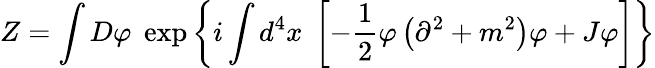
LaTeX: Z=\int D\varphi\; \exp\left\{ i\int d^{4}x\; \left[-{\frac{1}{2}}\varphi\left(\partial^{2}+m^{2}\right)\varphi+J\varphi\right]\right\}